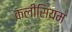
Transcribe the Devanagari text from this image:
कलीसियम